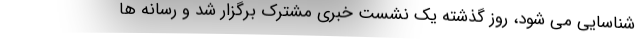
شناسایی می شود، روز گذشته یک نشست خبری مشترک برگزار شد و رسانه ها